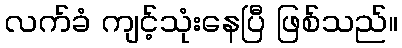
လက်ခံ ကျင့်သုံးနေပြီ ဖြစ်သည်။